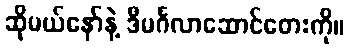
ဆိုမယ်နော်နဲ့ ဒီမင်္ဂလာဆောင်တေးကို။